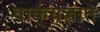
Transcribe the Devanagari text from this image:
वाक्‌यज्ञात